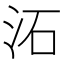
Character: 沰